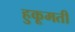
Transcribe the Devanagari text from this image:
हुकूमती